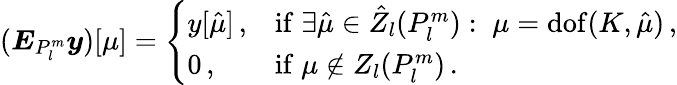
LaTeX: (\boldsymbol E_{P_{l}^{m}}\boldsymbol y)[\mu]=\left\{ \begin{array}{ll}{y[{\hat{\mu}}]\, ,}&{\mathrm{if}\; \exists\hat{\mu}\in\hat{Z}_{l}(P_{l}^{m}):\; \mu=\operatorname{dof}(K,\hat{\mu})\, ,}\\ {0\, ,}&{\mathrm{if}\; \mu\not\in Z_{l}(P_{l}^{m})\, .}\end{array}\right.